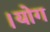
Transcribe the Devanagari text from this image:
।योग